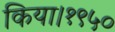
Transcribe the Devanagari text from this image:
किया।१९५०